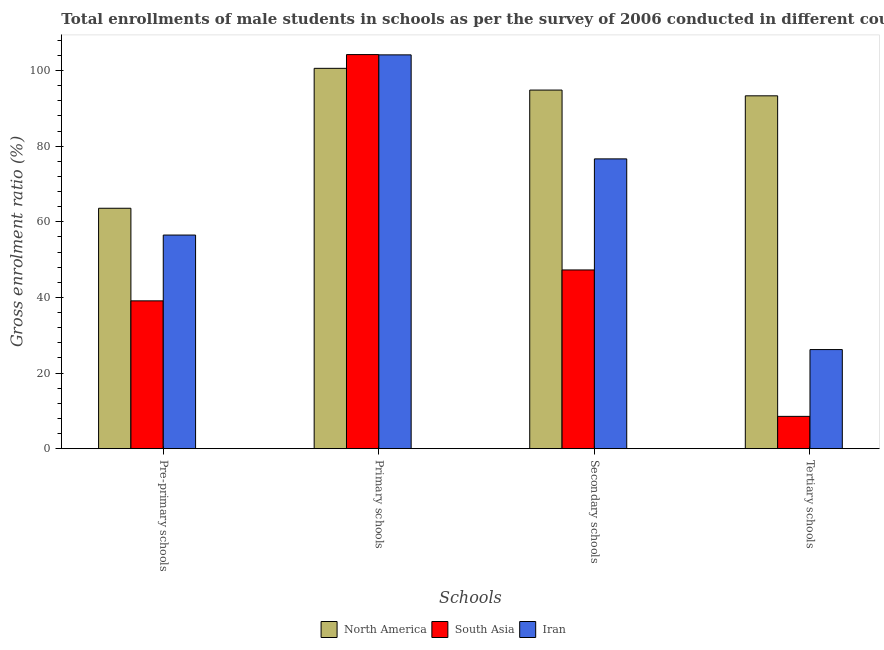
| Schools | North America | South Asia | Iran |
 | --- | --- | --- | --- |
 | Pre-primary schools | 63.6 | 39.1 | 56.5 |
 | Primary schools | 101 | 104 | 104 |
 | Secondary schools | 94.8 | 47.3 | 76.6 |
 | Tertiary schools | 93.3 | 8.55 | 26.2 |